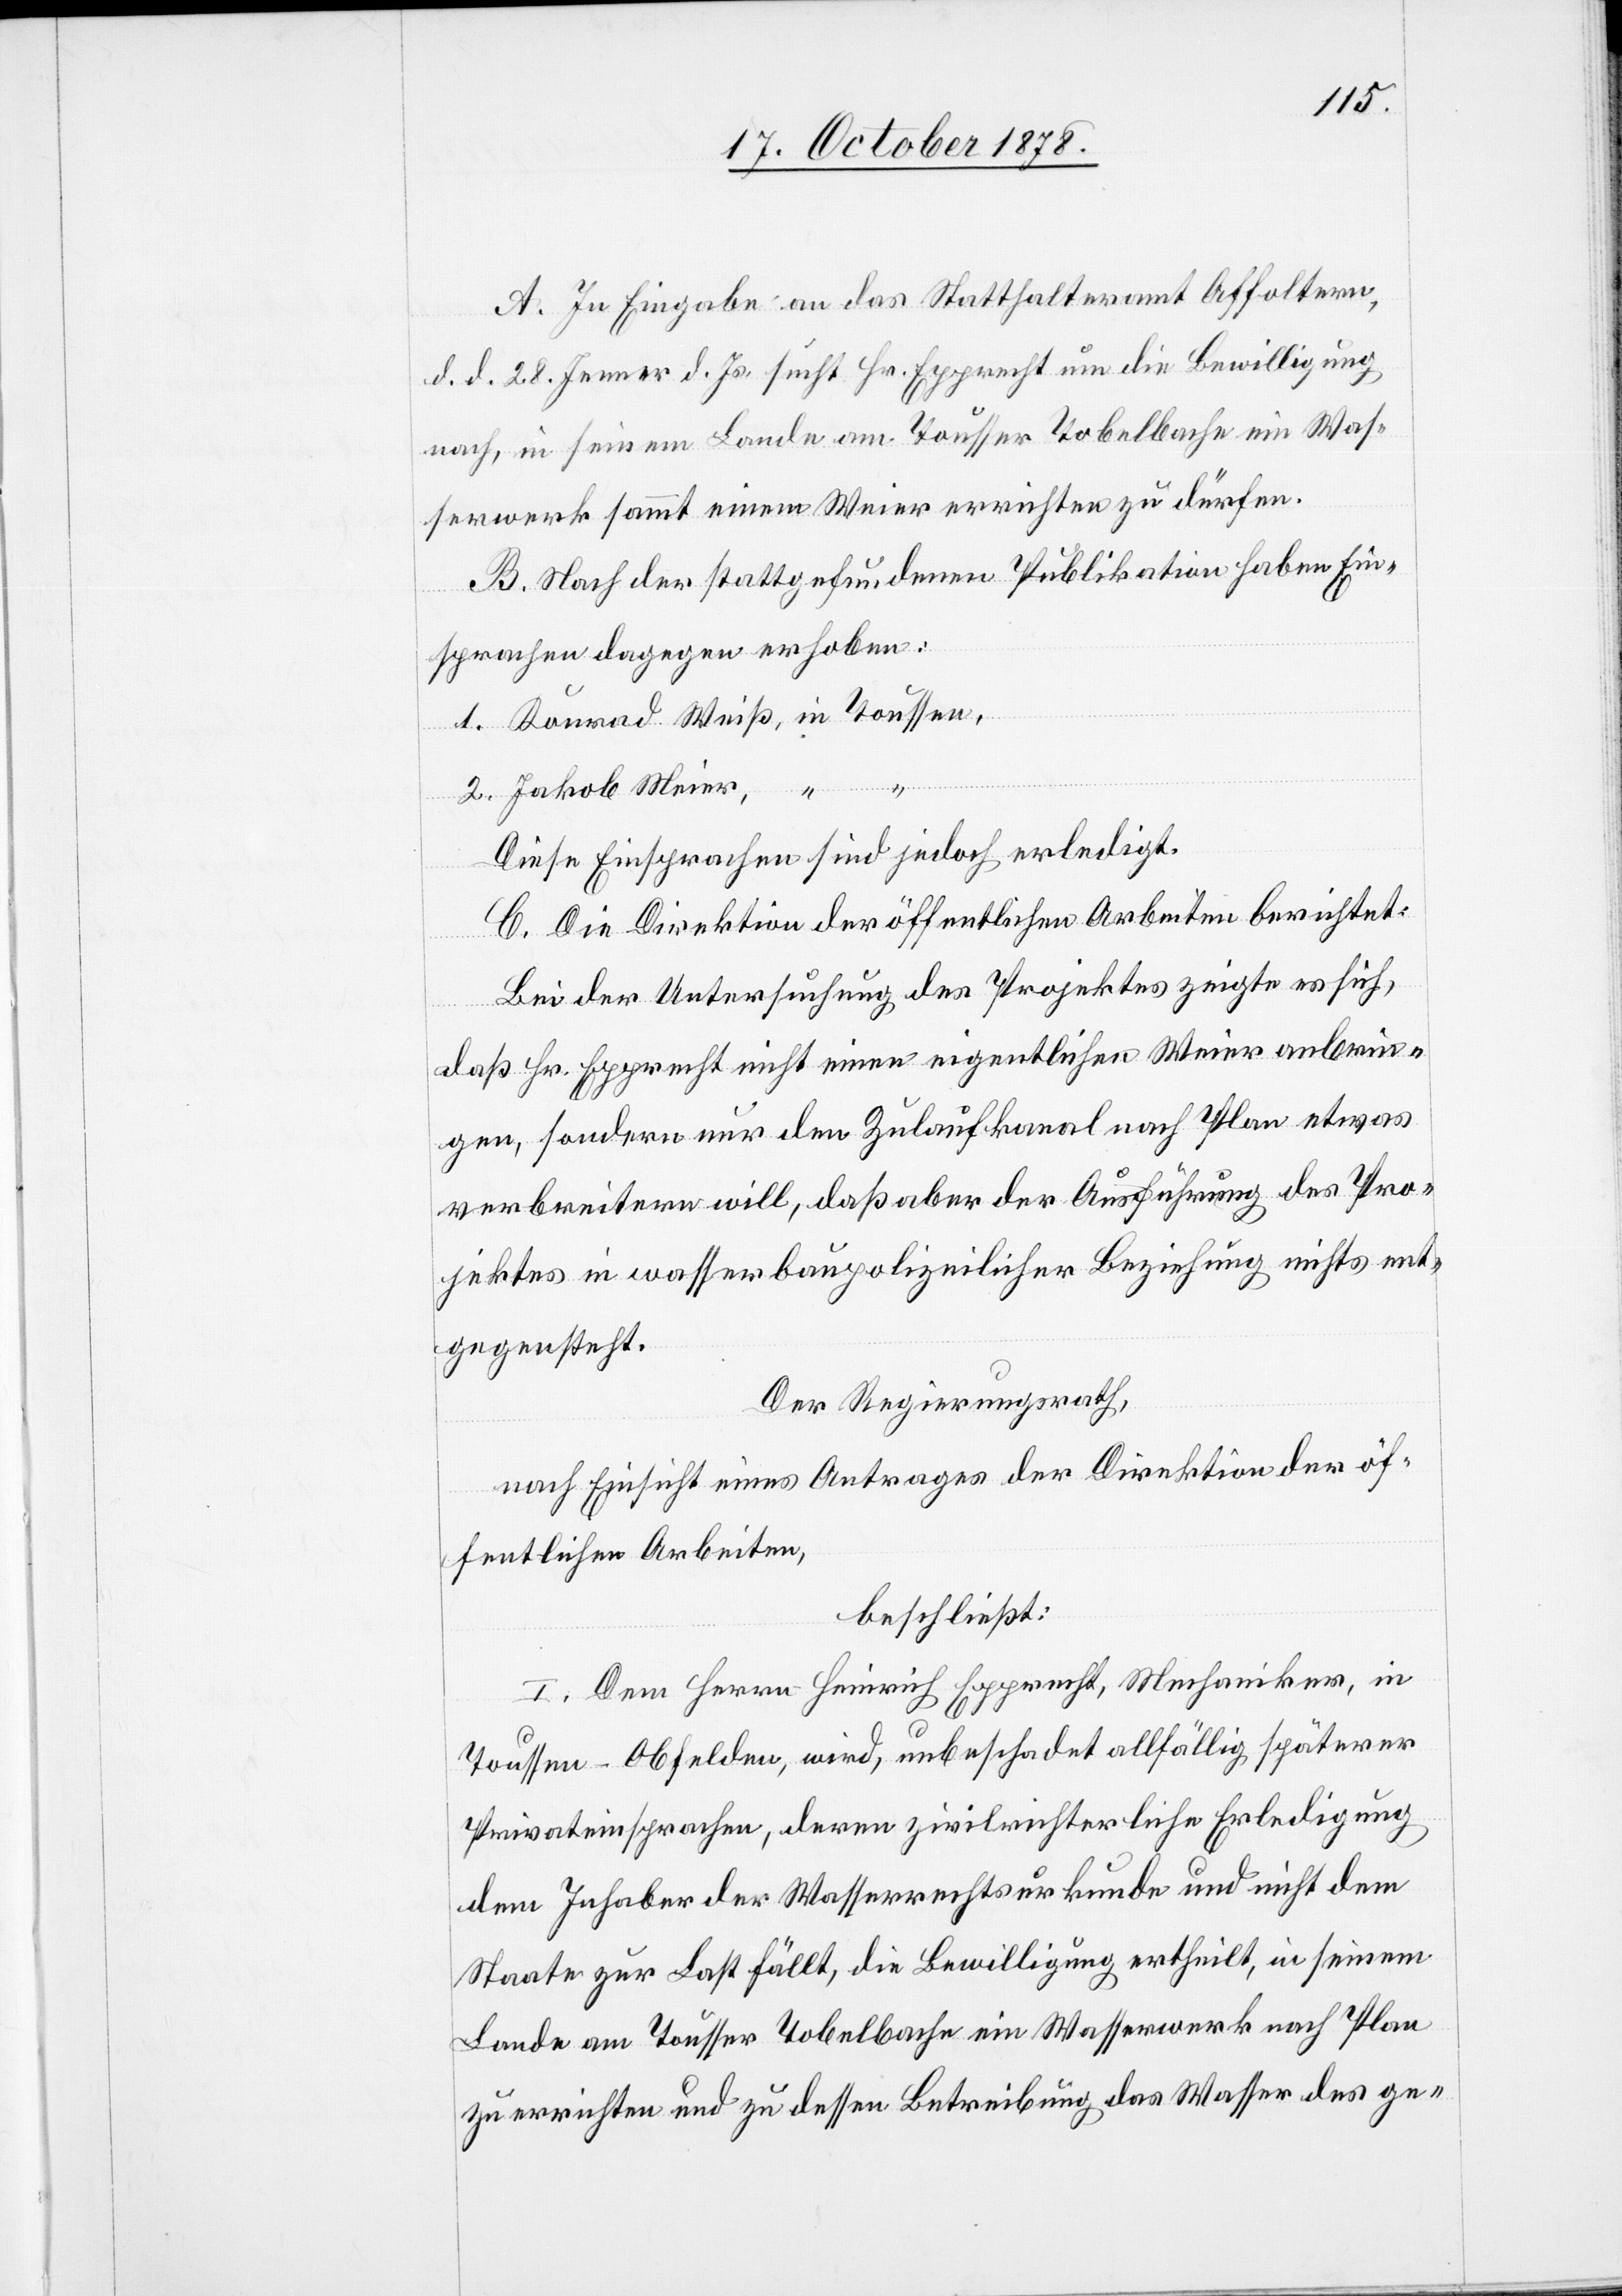
A. In Eingabe an das Statthalteramt Affoltern,
d. d. 28. Jenner d. Js. sucht Hr. Epprecht um die Bewilligung
nach, in seinem Lande am Tousser Tobelbache ein Was¬
serwerk sammt einem Weier errichten zu dürfen.
B. Nach der stattgefundenen Publikation haben Ein¬
sprachen dagegen erhoben:
1. Konrad Weiß, in Tousson,
2. Jakob Meier,
Diese Einsprachen sind jedoch erledigt.
C. Die Direktion der öffentlichen Arbeiten berichtet:
Bei der Untersuchung des Projektes zeigt es sich,
daß Hr. Epprecht nicht einen eigentlichen Weier anbrin¬
gen, sondern nur den Zulaufkanal nach Plan etwas
verbreitern will, daß aber der Ausführung des Pro¬
jektes in wasserbaupolizeilicher Beziehung nichts ent¬
gegensteht.
Der Regierungsrath,
nach Einsicht eines Antrages der Direktion der öf¬
fentlichen Arbeiten,
beschließt:
I. Dem Herrn Heinrich Epprecht, Mechaniker, in
Toussen - Obfelden, wird, unbeschadet allfällig späterer
Privateinsprachen, deren zivilrichterliche Erledigung
dem Inhaber der Wasserrechtsurkunde und nicht dem
Staate zur Last fällt, die Bewilligung ertheilt, in seinem
Lande am Tousser Tobelbache ein Wasserwerk nach Plan
zu errichten und zu dessen Betreibung das Wasser des ge-